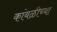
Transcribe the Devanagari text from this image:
कांबळीच्या